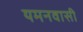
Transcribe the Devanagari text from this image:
यमनवासी